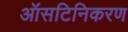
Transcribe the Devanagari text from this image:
ऑसटिनिकरण